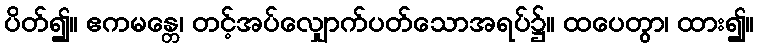
ပိတ်၍။ ဧကမန္တေ၊ တင့်အပ်လျှောက်ပတ်သောအရပ်၌။ ထပေတွာ၊ ထား၍။